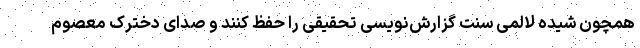
همچون شیده لالمی سنت گزارش‌نویسی تحقیقی را حفظ کنند و صدای دخترک معصوم